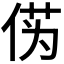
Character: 𫢭